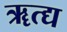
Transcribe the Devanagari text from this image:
ॠत्द्य